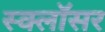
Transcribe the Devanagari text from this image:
स्क्लॉसर